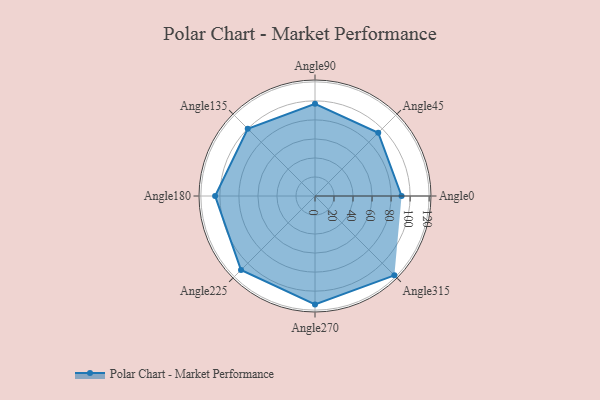
{"axis": {"x": "Angle", "y": "Radius"}, "legend": [""], "data": [{"x": "Angle0", "y": 91.0, "type": ""}, {"x": "Angle45", "y": 94.0, "type": ""}, {"x": "Angle90", "y": 97.0, "type": ""}, {"x": "Angle135", "y": 100.0, "type": ""}, {"x": "Angle180", "y": 105.0, "type": ""}, {"x": "Angle225", "y": 110.0, "type": ""}, {"x": "Angle270", "y": 114.0, "type": ""}, {"x": "Angle315", "y": 118.0, "type": ""}]}